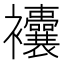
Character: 𧟘